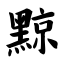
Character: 黥